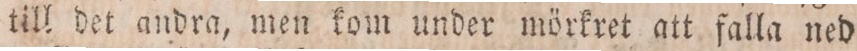
till det andra, men kom under mörkret att falla ned